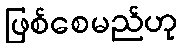
ဖြစ်စေမည်ဟု